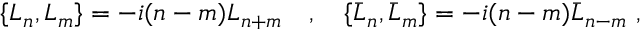
\{ L _ { n } , L _ { m } \} = - i ( n - m ) L _ { n + m } \ \ \ , \ \ \ \{ \bar { L } _ { n } , \bar { L } _ { m } \} = - i ( n - m ) \bar { L } _ { n - m } \ ,